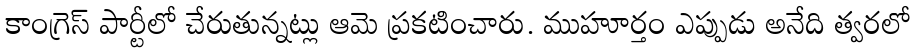
కాంగ్రెస్ పార్టీలో చేరుతున్నట్లు ఆమె ప్రకటించారు. ముహూర్తం ఎప్పుడు అనేది త్వరలో